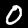
Label: 0